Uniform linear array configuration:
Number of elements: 12
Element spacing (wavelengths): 0.5
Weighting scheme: binomial
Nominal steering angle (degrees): -15
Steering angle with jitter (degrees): -16.338
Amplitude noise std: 0.05
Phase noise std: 0.05

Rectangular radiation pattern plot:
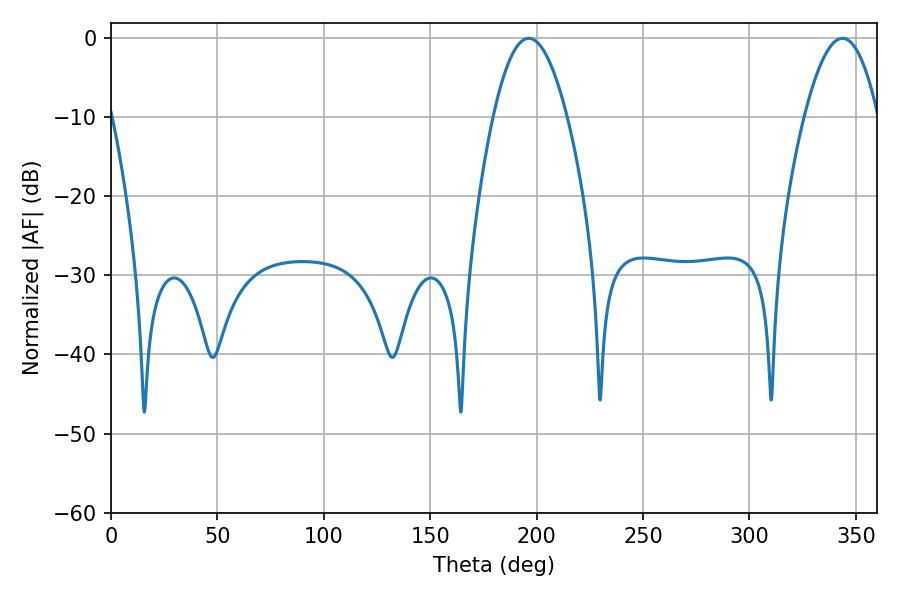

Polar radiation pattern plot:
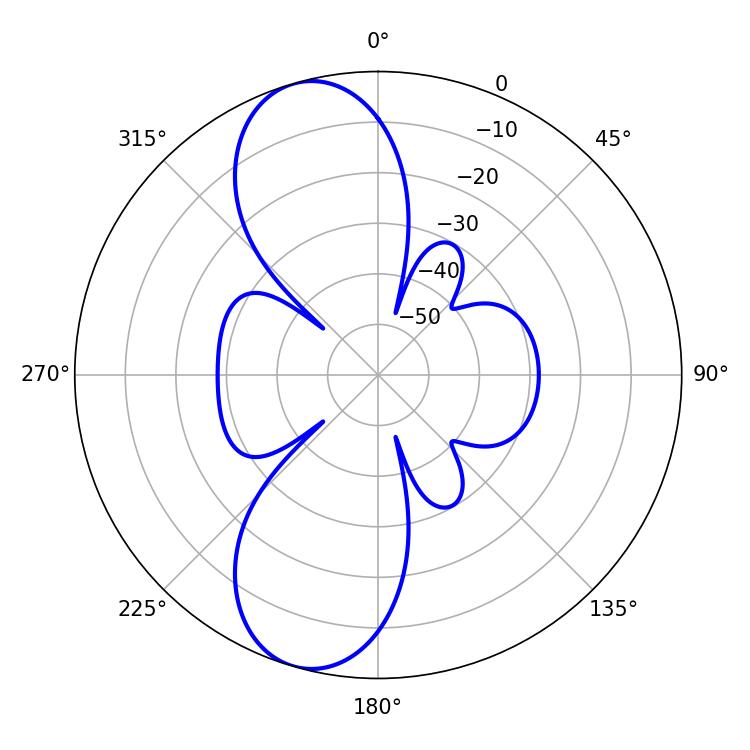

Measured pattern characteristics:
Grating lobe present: FALSE
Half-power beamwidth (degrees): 18.9
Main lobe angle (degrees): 196.2